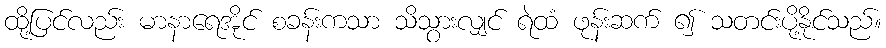
ထို့ပြင်လည်း မာနာရေအိုင် စခန်းကသာ သိသွားလျှင် ရဲထံ ဖုန်းဆက် ၍ သတင်းပို့နိုင်သည်။